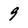
Character: 9